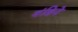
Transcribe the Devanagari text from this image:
वंशिने